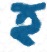
হ